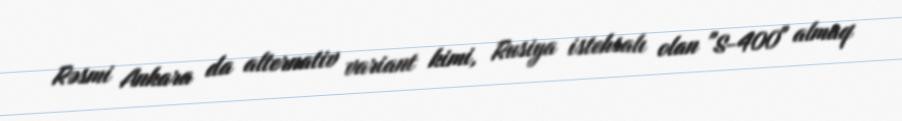
Rəsmi Ankara da alternativ variant kimi, Rusiya istehsalı olan "S-400" almaq